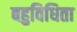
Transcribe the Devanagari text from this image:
बहुविधिता